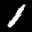
Label: 1